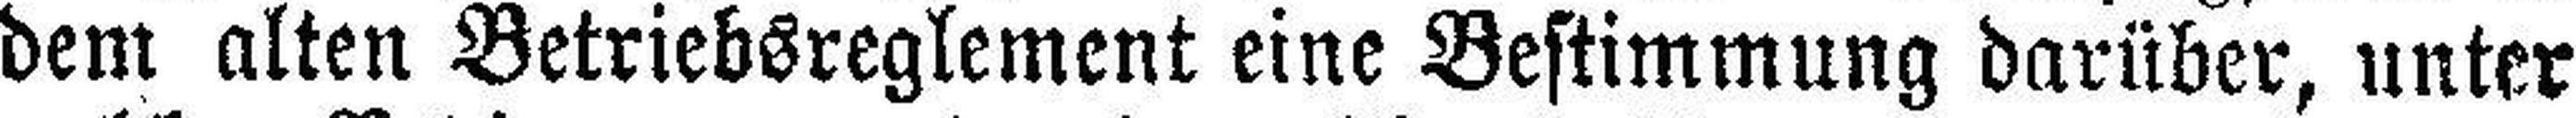
dem alten Betriebsreglement eine Bestimmung darüber, unter